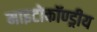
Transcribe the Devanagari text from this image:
माइटोकॉण्ड्रीय